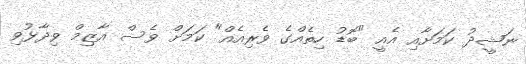
ނަޝީދު ކަމަށާއި އެއީ "ބޮޑު ހިތެއްގެ ވެރިއެއް" ކަމަށް ވެސް އާޒިމް ވިދާޅުވި